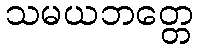
သမယဘတ္တေ